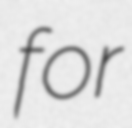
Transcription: for